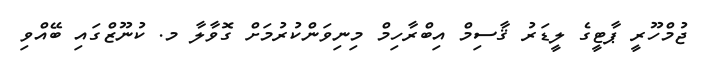
ޖުމްހޫރީ ޕާޓީގެ ލީޑަރު ޤާސިމް އިބްރާހިމް މިނިވަންކުރުމަށް ގޮވާލާ މ. ކުނޫޒްގައި ބޭއްވި